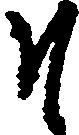
そ